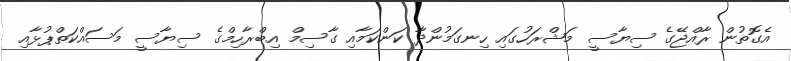
އެގޮތުން ރާއްޖޭގެ ސިޔާސީ މަޝްރަހުގައި ހިނގަމުންދާ ކަންކަމާއި ގާސިމް އިބްރާހިމްގެ ސިޔާސީ މަސައްކަތްޕުޅާއި